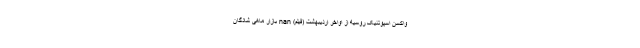
واکسن اسپوتنيک روسيه از اواخر ارديبهشت (فیلم) nan بازار ماهی شادگان